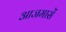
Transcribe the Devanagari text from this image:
आजमासें